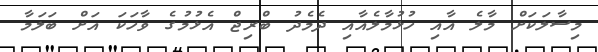
މިސާލަކަށް މާލެ އާއި ހުޅުމާލެއާއި ދެމެދު ބްރިޖް އެޅުމުގެ ވާހަކަ އަށް ބަލަމާ